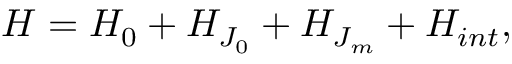
H = H _ { 0 } + H _ { J _ { 0 } } + H _ { J _ { m } } + H _ { i n t } ,